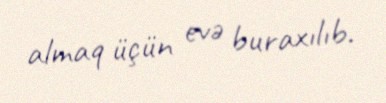
almaq üçün evə buraxılıb.